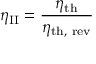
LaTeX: \eta _ { \mathrm { I I } } = { \frac { \eta _ { \mathrm { t h } } } { \eta _ { \mathrm { t h , ~ r e v } } } }